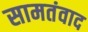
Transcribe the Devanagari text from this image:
सामतंवाद